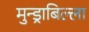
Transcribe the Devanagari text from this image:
मुन्ड्राबिल्ला